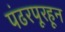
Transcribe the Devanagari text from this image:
पंढरपूरहून